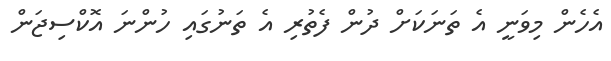
އެހެން މިވަނީ އެ ތަނަކަށް ދުން ފެތުރި އެ ތަނުގައި ހުންނަ އޮކްސިޖަން